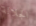
الجلالة